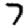
Digit: 7